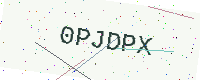
Text: 0PJDPX